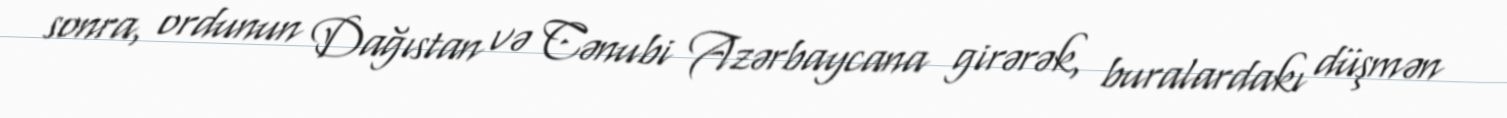
sonra, ordunun Dağıstan və Cənubi Azərbaycana girərək, buralardakı düşmən